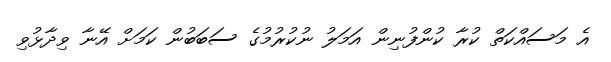
އެ މަސައްކަތް ކުރާ ކުންފުނިން އަމަލު ނުކުރުމުގެ ސަބަބުން ކަމަށް އޭނާ ވިދާޅުވި